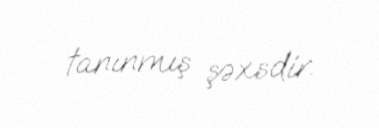
tanınmış şəxsdir.